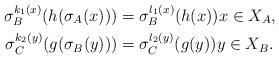
LaTeX: \begin{align*}\sigma_B^{k_1(x)} (h(\sigma_A(x))) & = \sigma_B^{l_1(x)}(h(x))x \in X_A, \\ \sigma_C^{k_2(y)} (g(\sigma_B(y))) & = \sigma_C^{l_2(y)}(g(y))y \in X_B. \end{align*}